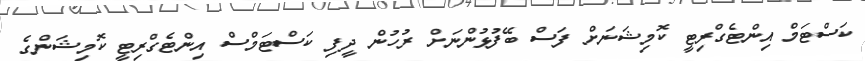
ކަސްޓަމް އިންޓެގްރިޓީ ކޮމިޝަނަށް ފަސް ބޭފުޅުންނަށް ރުހުން ދީފި ކަސްޓަމްސް އިންޓެގްރިޓީ ކޮމިޝަންގެ